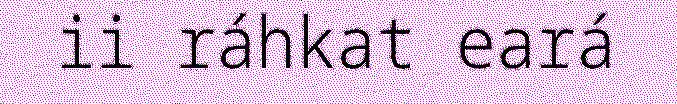
ii ráhkat eará